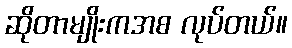
ဆိုတာမျိုးကအစ လုပ်တယ်။